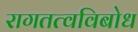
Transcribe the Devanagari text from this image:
रागतत्वविबोध